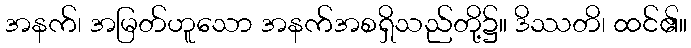
အနက်၊ အမြတ်ဟူသော အနက်အစရှိသည်တို့၌။ ဒိဿတိ၊ ထင်၏။